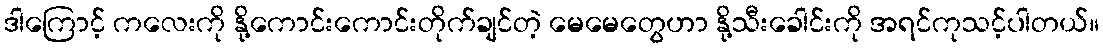
ဒါကြောင့် ကလေးကို နို့ကောင်းကောင်းတိုက်ချင်တဲ့ မေမေတွေဟာ နို့သီးခေါင်းကို အရင်ကုသင့်ပါတယ်။